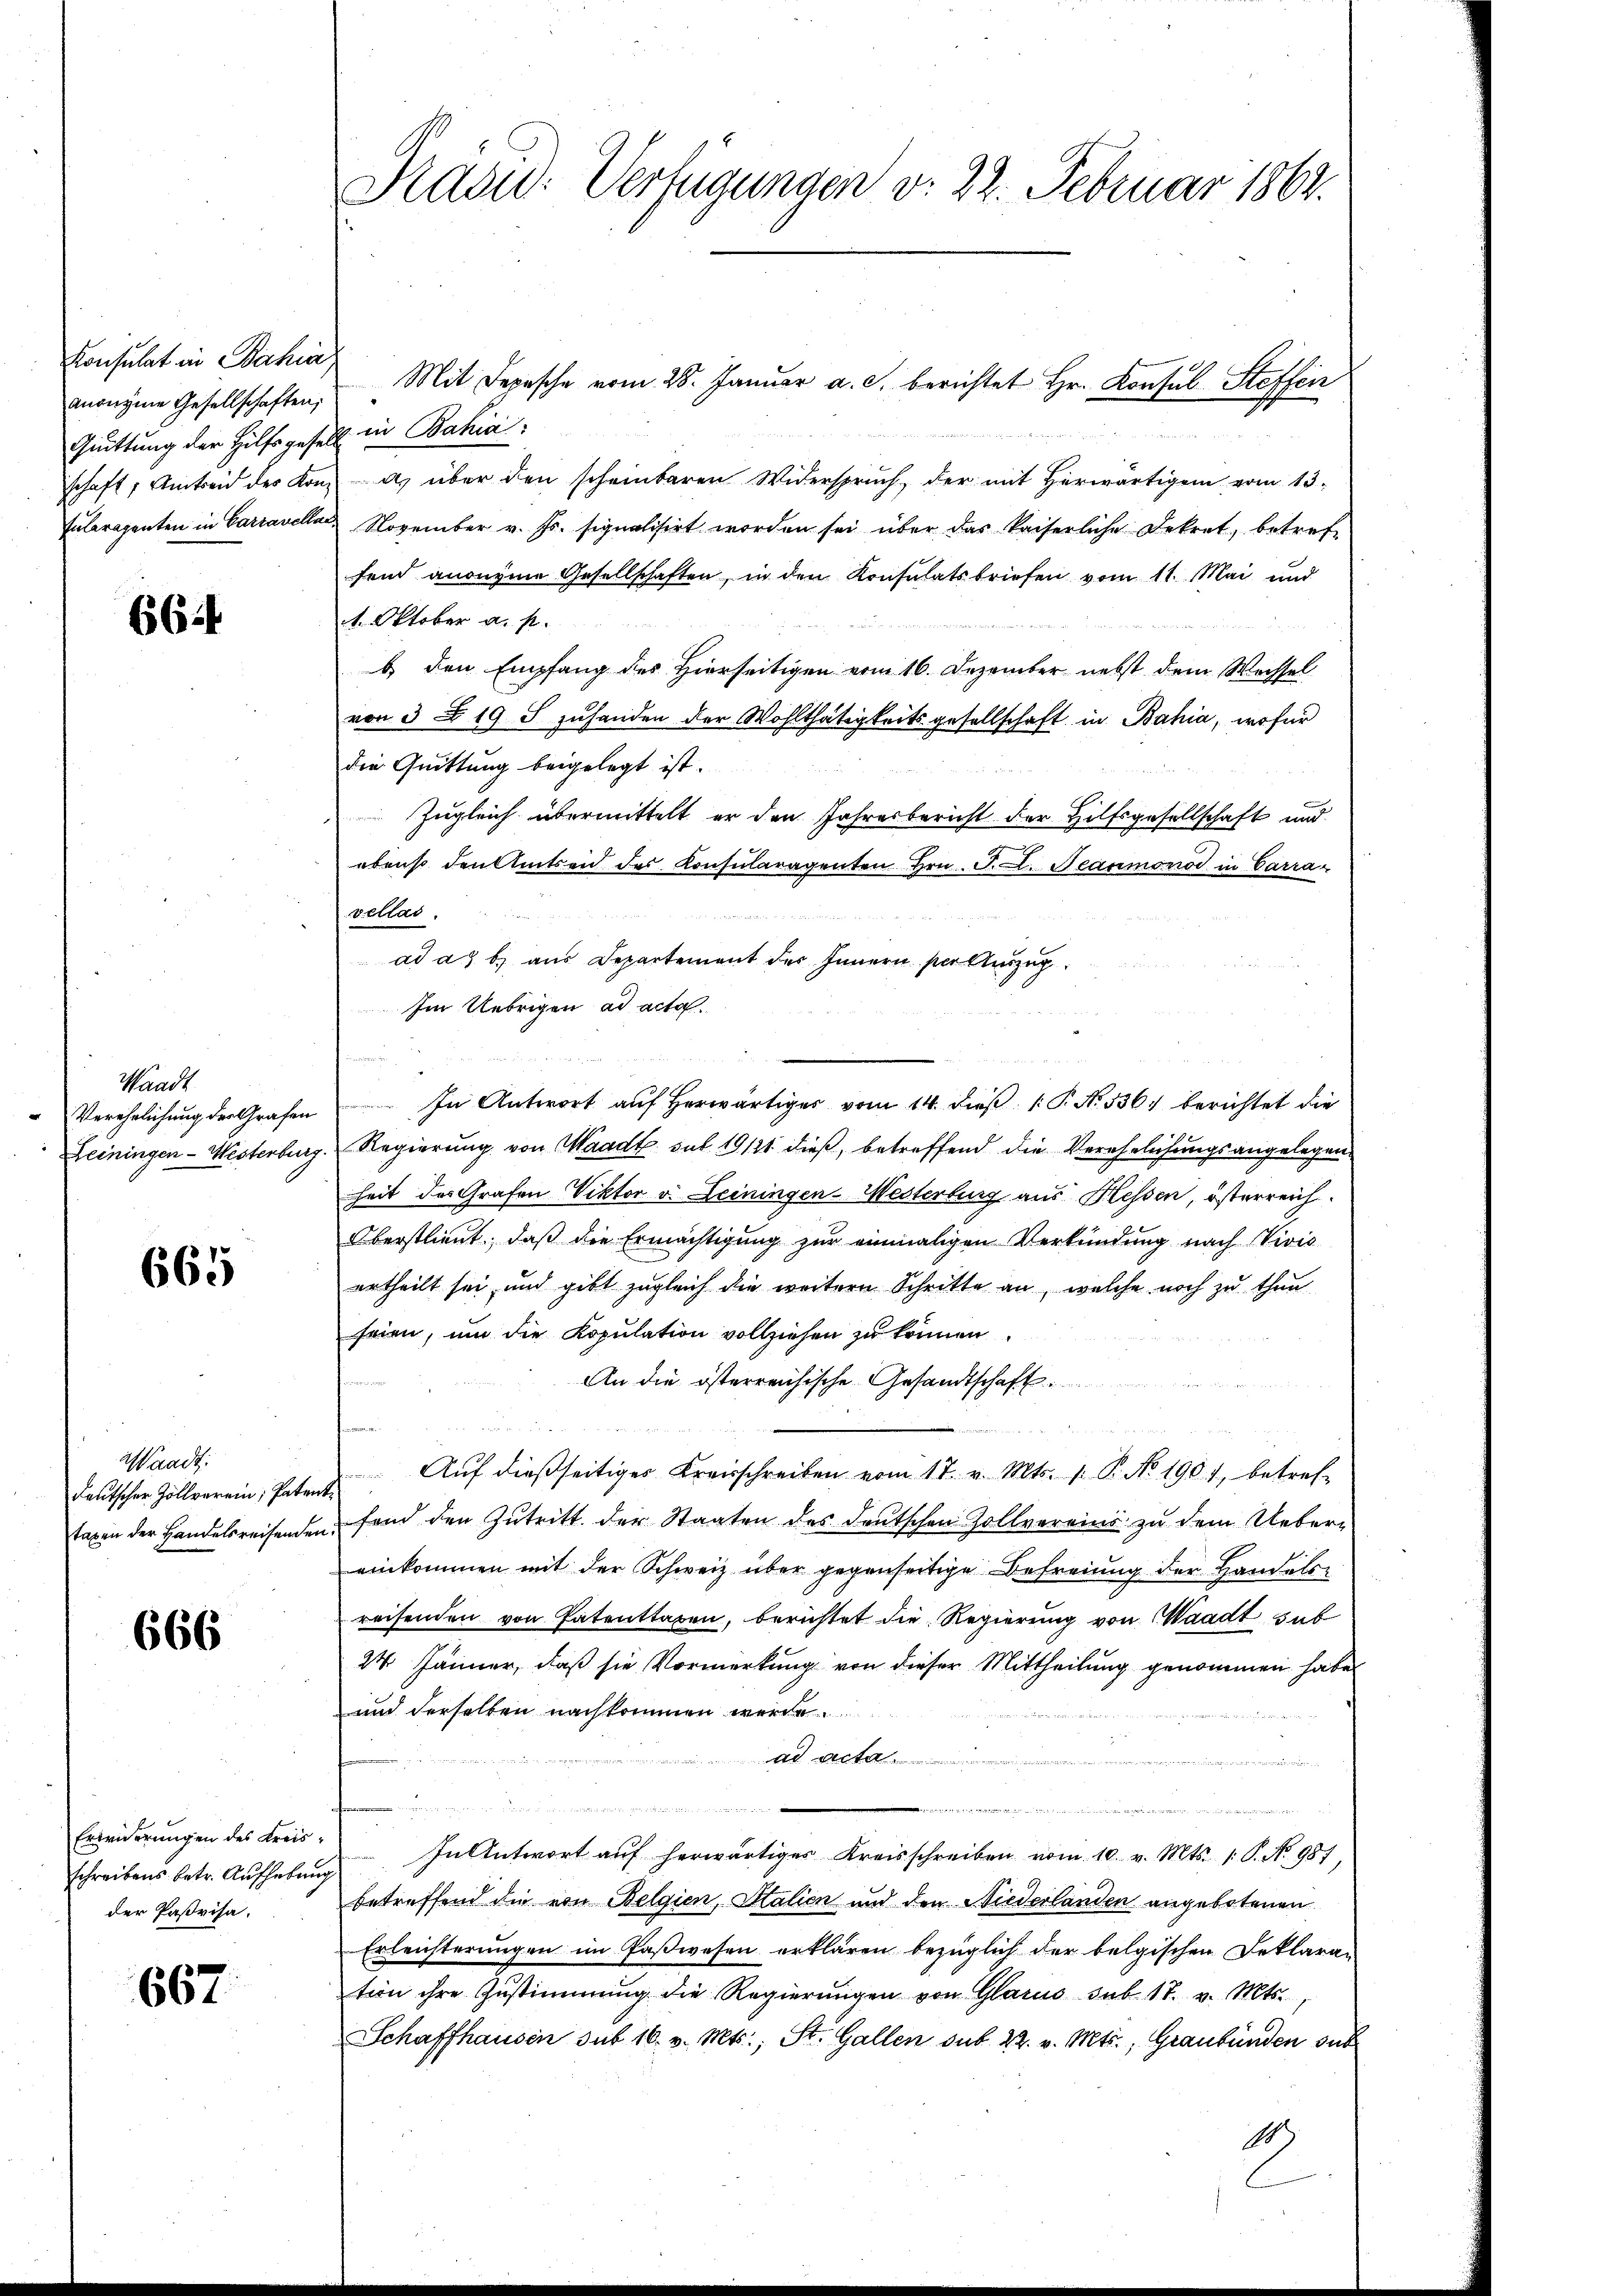
Konsulat in Bahia
anonyme Gesellschaften,
Quittung der Hilfsgesetz in Bahia:

664

Waadt

665

Waadt:
deutscher Zollverein; Patenttaxen der Handelsreisenden.

666

Mit Depesche vom 28. Januar a. c. berichtet Hr. Konsul Steffen
schaft, Amtseid des Konzes über den scheinbaren Widerspruch, der mit herwärtigen vom 13.
tuleragenten in Carravella. November v. Js. signalisirt worden sei über das kaiserliche Dekret, betreffend anonyme Gesellschaften, in den Konsulatsbriefen vom 11. Mai und
1. Oktober a. p.
b. den Empfang des Hierseitigen vom 16. Dezember nebst dem Wechsel
von 3 § 19 S zuhanden der Wohlthätigkeitsgesellschaft in Bahia, wofür
die Quittung beigelegt ist.
 Zugleich übermittelt er den Jahresbericht der Hilfsgesellschaft und
ebenso den Anten des Konsularagenten Hrn. J. L. Nearmoniod in Carra-
vellas.

ad a. b. aus Departement des Innern per Auszug
Im Uebrigen ad acta.
" Verehelichŭng der Grafen. In Antwort aŭf herwärtiger vom 14. dieβ.  P. No. 536. berichtet die
Leiningen - Westerburg. Regierung von Waadt sub 19121. dieß, betreffend die Verehelichungsangelegen
heit des Grafen Viktor v. Leiningen-Westerburg aus Hessen, österreich¬
Oberstlieut, daß die Ermächtigung zur einmaligen Verkündung nach Vivis
ertheilt sei, und gibt zugleich die weitern Schritte an, welche noch zu thun
frien, um die Kopulation vollziehen zu können.
An die österreichische Gesandtschaft.
e
 Aŭf dießseitiges Kreisschreiben vom 17. v. Mts. 1. P. No 1901, betref-
fend den Zutritt der Staaten des deutschen Zollvereins zu dem Uebereinkommen mit der Schweiz über gegenseitige Befreiung der Handels-
reisenden von Patenttaxen, berichtet die Regierung von Waadt sub
24 Jänner, daß sie Vormerkung von dieser Mittheilung genommen habe,
und derselben nachkommen werde
ad acta
e
n
.
ede der in der eine alte der
Erfinderŭngen des Kreis: In Antwort aŭf herwärtiger Kreisschreiben vom 10. v. Mts. 1. P. No. 981,
betreffend die von Belgien, Italien und den Niederlanden angebotenen
Erleichterungen im Paßwesen erklären bezüglich der belgischen Deklaran
tion ihre Zustimmung die Regierŭngen von Glarus sub. 17. v. Mts.,
Schaffhausen sub 16. v. Mts., St. Gallen sub. 22. v. Mts., Graubünden sub
189

schreibens betr. Aufhebung
der Paßrisa.

667.

Präsid. Verfügungen v. 22. Februar 1861.